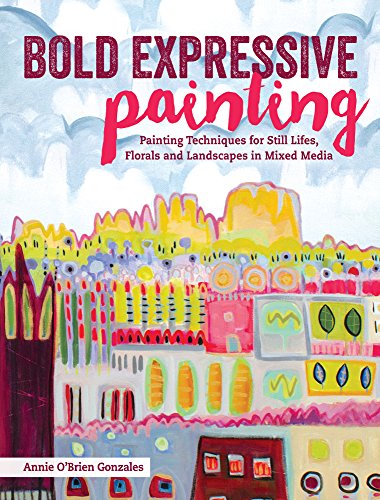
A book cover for Bold Expressive Painting: Painting Techniques for Still Lifes, Florals and Landscapes in Mixed Media; Annie O'Brien Gonzales; Arts & Photography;